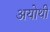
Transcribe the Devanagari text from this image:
अयोथी